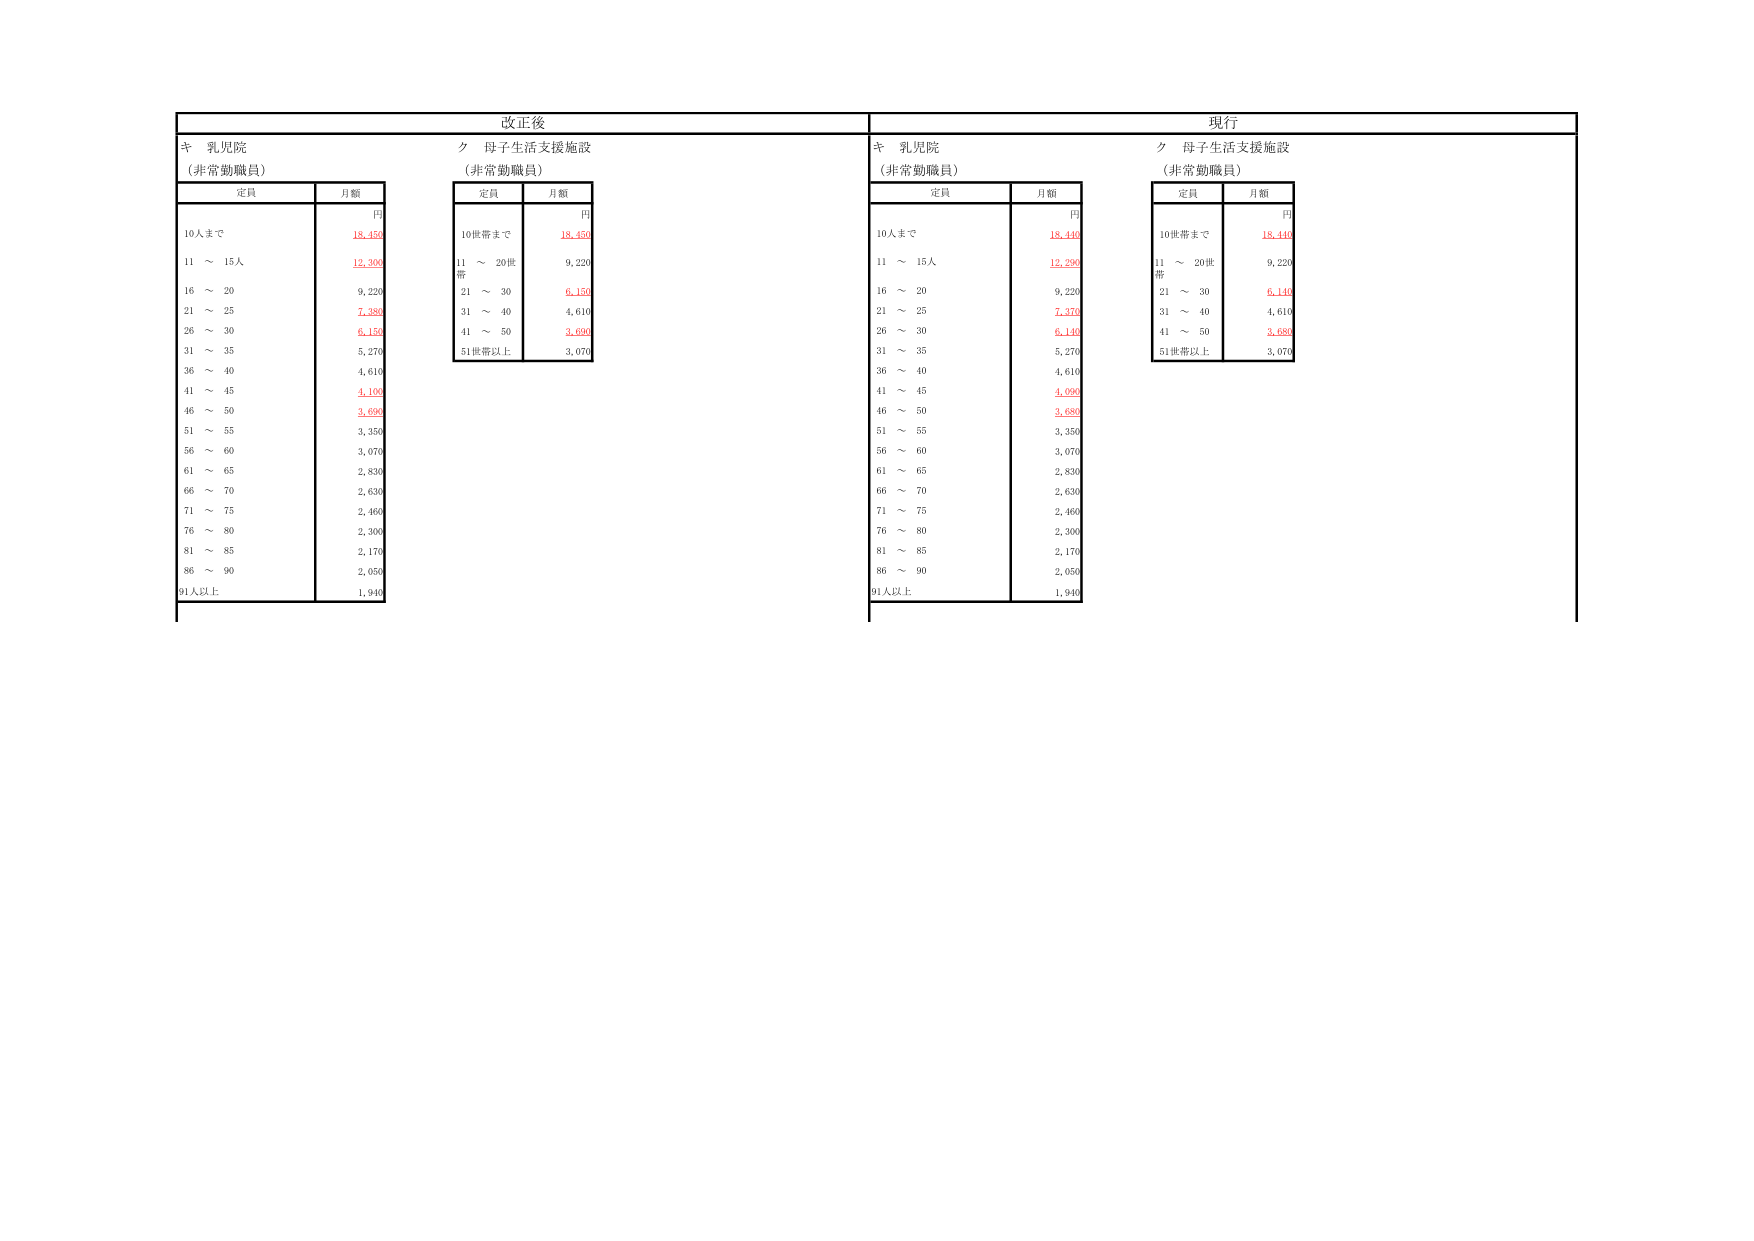
改正後
キ 乳児院
（非常勤職員）
定員 月額
円
10人まで 18,450
11 ～ 15人 12,300
16 ～ 20 9,220
21 ～ 25 7,380
26 ～ 30 6,150
31 ～ 35 5,270
36 ～ 40 4,610
41 ～ 45 4,100
46 ～ 50 3,690
51 ～ 55 3,350
56 ～ 60 3,070
61 ～ 65 2,830
66 ～ 70 2,630
71 ～ 75 2,460
76 ～ 80 2,300
81 ～ 85 2,170
86 ～ 90 2,050
91人以上 1,940

ク 母子生活支援施設
（非常勤職員）
定員 月額
円
10世帯まで 18,450
11 ～ 20世帯 9,220
21 ～ 30 6,150
31 ～ 40 4,610
41 ～ 50 3,690
51世帯以上 3,070

現行
キ 乳児院
（非常勤職員）
定員 月額
円
10人まで 18,440
11 ～ 15人 12,290
16 ～ 20 9,220
21 ～ 25 7,370
26 ～ 30 6,140
31 ～ 35 5,270
36 ～ 40 4,610
41 ～ 45 4,090
46 ～ 50 3,680
51 ～ 55 3,350
56 ～ 60 3,070
61 ～ 65 2,830
66 ～ 70 2,630
71 ～ 75 2,460
76 ～ 80 2,300
81 ～ 85 2,170
86 ～ 90 2,050
91人以上 1,940

ク 母子生活支援施設
（非常勤職員）
定員 月額
円
10世帯まで 18,440
11 ～ 20世帯 9,220
21 ～ 30 6,140
31 ～ 40 4,610
41 ～ 50 3,680
51世帯以上 3,070